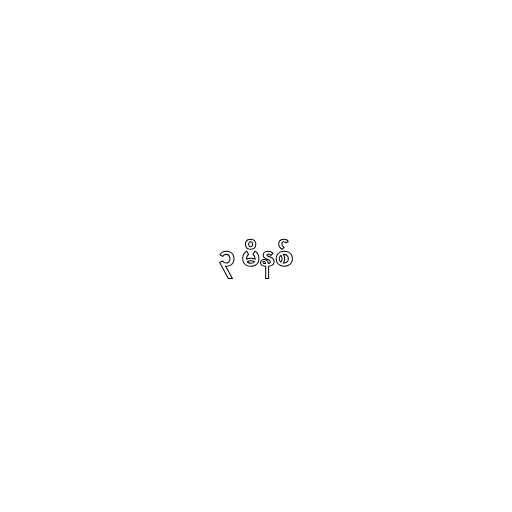
၃ မိနစ်